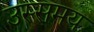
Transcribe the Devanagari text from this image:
उस्समय